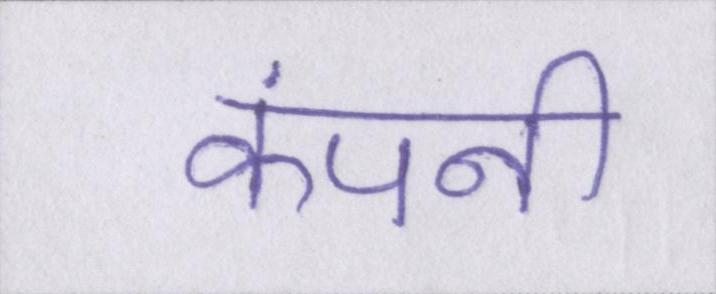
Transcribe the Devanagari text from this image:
कंपनी